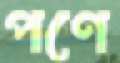
পণে